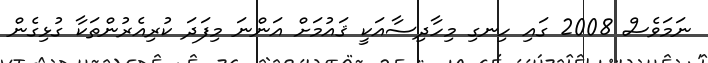
ނަމަވެސް 2008 ގައި ހިނގި މިހާދިސާއަކީ ޤައުމަށް އަންނަ މިފަދަ ކުރިއެރުންތަކާ ގުޅިގެން